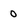
Character: 0